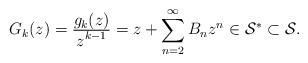
LaTeX: \begin{align*}G_k(z)=\tfrac{\displaystyle g_k(z)}{\displaystyle z^{k-1}}=z+\sum^\infty_{n=2}B_nz^n \in \mathcal{S^{*}} \subset \mathcal{S}.\end{align*}